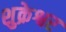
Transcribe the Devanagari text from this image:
शुक्रेश्वर